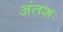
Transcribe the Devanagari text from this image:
अंतशः